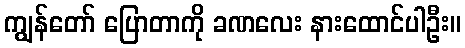
ကျွန်တော် ပြောတာကို ခဏလေး နားထောင်ပါဦး။